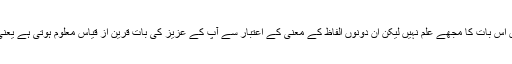
جل تھل کی ترکیب غلط العام ہے یا نہیں اس بات کا مجھے علم نہیں لیکن ان دونوں الفاظ کے معنی کے اعتبار سے آپ کے عزیز کی بات قرین از قیاس معلوم ہوتی ہے یعنی جل بمعنی پانی اور تھل بمعنی خشکی۔